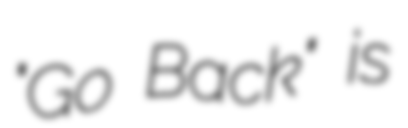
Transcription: "Go Back" is